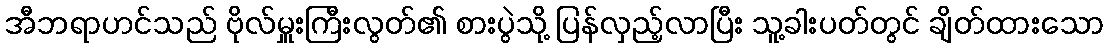
အီဘရာဟင်သည် ဗိုလ်မှူးကြီးလွတ်၏ စားပွဲသို့ ပြန်လှည့်လာပြီး သူ့ခါးပတ်တွင် ချိတ်ထားသော